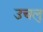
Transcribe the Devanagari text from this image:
उचलु